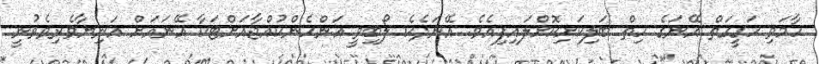
ހާމަވި ހަގީގަތް އޭނަގެ ހިތް ބަލިކަށިކޮށްލައިފިއެވެ. އޭނަދެކެ ލޯބިވީ އަންހެންކުއްޖާއަށްޓަކާ އޭނައަށް އަނިޔާވެރިވެވުނީ